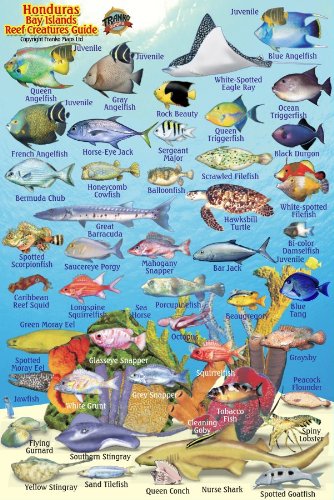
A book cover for Honduras Bay Islands Reef Creatures Guide Franko Maps Laminated Fish Card 4" x 6"; Franko Maps Ltd.; Travel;